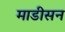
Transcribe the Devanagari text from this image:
माडीसन